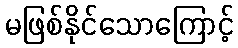
မဖြစ်နိုင်သောကြောင့်